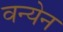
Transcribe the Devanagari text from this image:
वन्येन